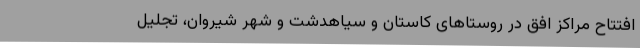
افتتاح مراکز افق در روستاهای کاستان و سیاهدشت و شهر شیروان، تجلیل